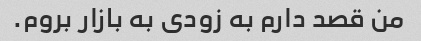
من قصد دارم به زودی به بازار بروم.